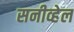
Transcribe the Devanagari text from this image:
सनीव्हेल